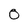
Character: 0